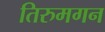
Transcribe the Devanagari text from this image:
तिरुमगन